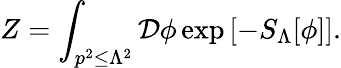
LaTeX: Z=\int_{p^{2}\leq\Lambda^{2}}{\mathcal{D}}\phi\exp\left[-S_{\Lambda}[\phi]\right].